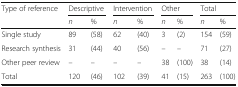
<table><thead><tr><td rowspan="2"><b>Type of reference</b></td><td colspan="2"><b>Descriptive</b></td><td colspan="2"><b>Intervention</b></td><td colspan="2"><b>Other</b></td><td colspan="2"><b>Total</b></td></tr><tr><td><b><i>n</i></b></td><td><b>%</b></td><td><b><i>n</i></b></td><td><b>%</b></td><td><b><i>n</i></b></td><td><b>%</b></td><td><b><i>n</i></b></td><td><b>%</b></td></tr></thead><tbody><tr><td>Single study</td><td>89</td><td>(58)</td><td>62</td><td>(40)</td><td>3</td><td>(2)</td><td>154</td><td>(59)</td></tr><tr><td>Research synthesis</td><td>31</td><td>(44)</td><td>40</td><td>(56)</td><td>–</td><td>–</td><td>71</td><td>(27)</td></tr><tr><td>Other peer review</td><td>–</td><td>–</td><td>–</td><td>–</td><td>38</td><td>(100)</td><td>38</td><td>(14)</td></tr><tr><td>Total</td><td>120</td><td>(46)</td><td>102</td><td>(39)</td><td>41</td><td>(15)</td><td>263</td><td>(100)</td></tr></tbody></table>